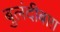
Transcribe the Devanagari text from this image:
बुलंदीबाग़